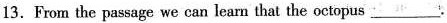
13.From the passage we can leam that the octopus ___